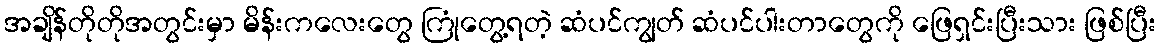
အချိန်တိုတိုအတွင်းမှာ မိန်းကလေးတွေ ကြုံတွေ့ရတဲ့ ဆံပင်ကျွတ် ဆံပင်ပါးတာတွေကို ဖြေရှင်းပြီးသား ဖြစ်ပြီး